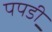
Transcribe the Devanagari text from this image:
पपडी़